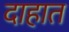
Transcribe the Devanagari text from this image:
दाहात